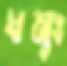
ধনুঃ